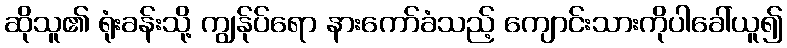
ဆိုသူ၏ ရုံးခန်းသို့ ကျွန်ုပ်ရော နားကော်ခံသည့် ကျောင်းသားကိုပါခေါ်ယူ၍